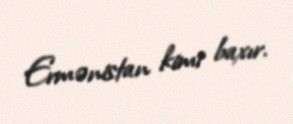
Ermənistan kimi baxır.